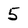
Character: 5